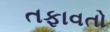
તફાવતો